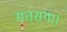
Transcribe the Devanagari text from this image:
सतसंग।।